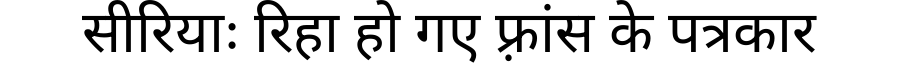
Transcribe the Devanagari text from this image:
सीरियाः रिहा हो गए फ़्रांस के पत्रकार